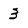
Character: 3